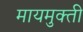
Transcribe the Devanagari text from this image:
मायमुक्ती